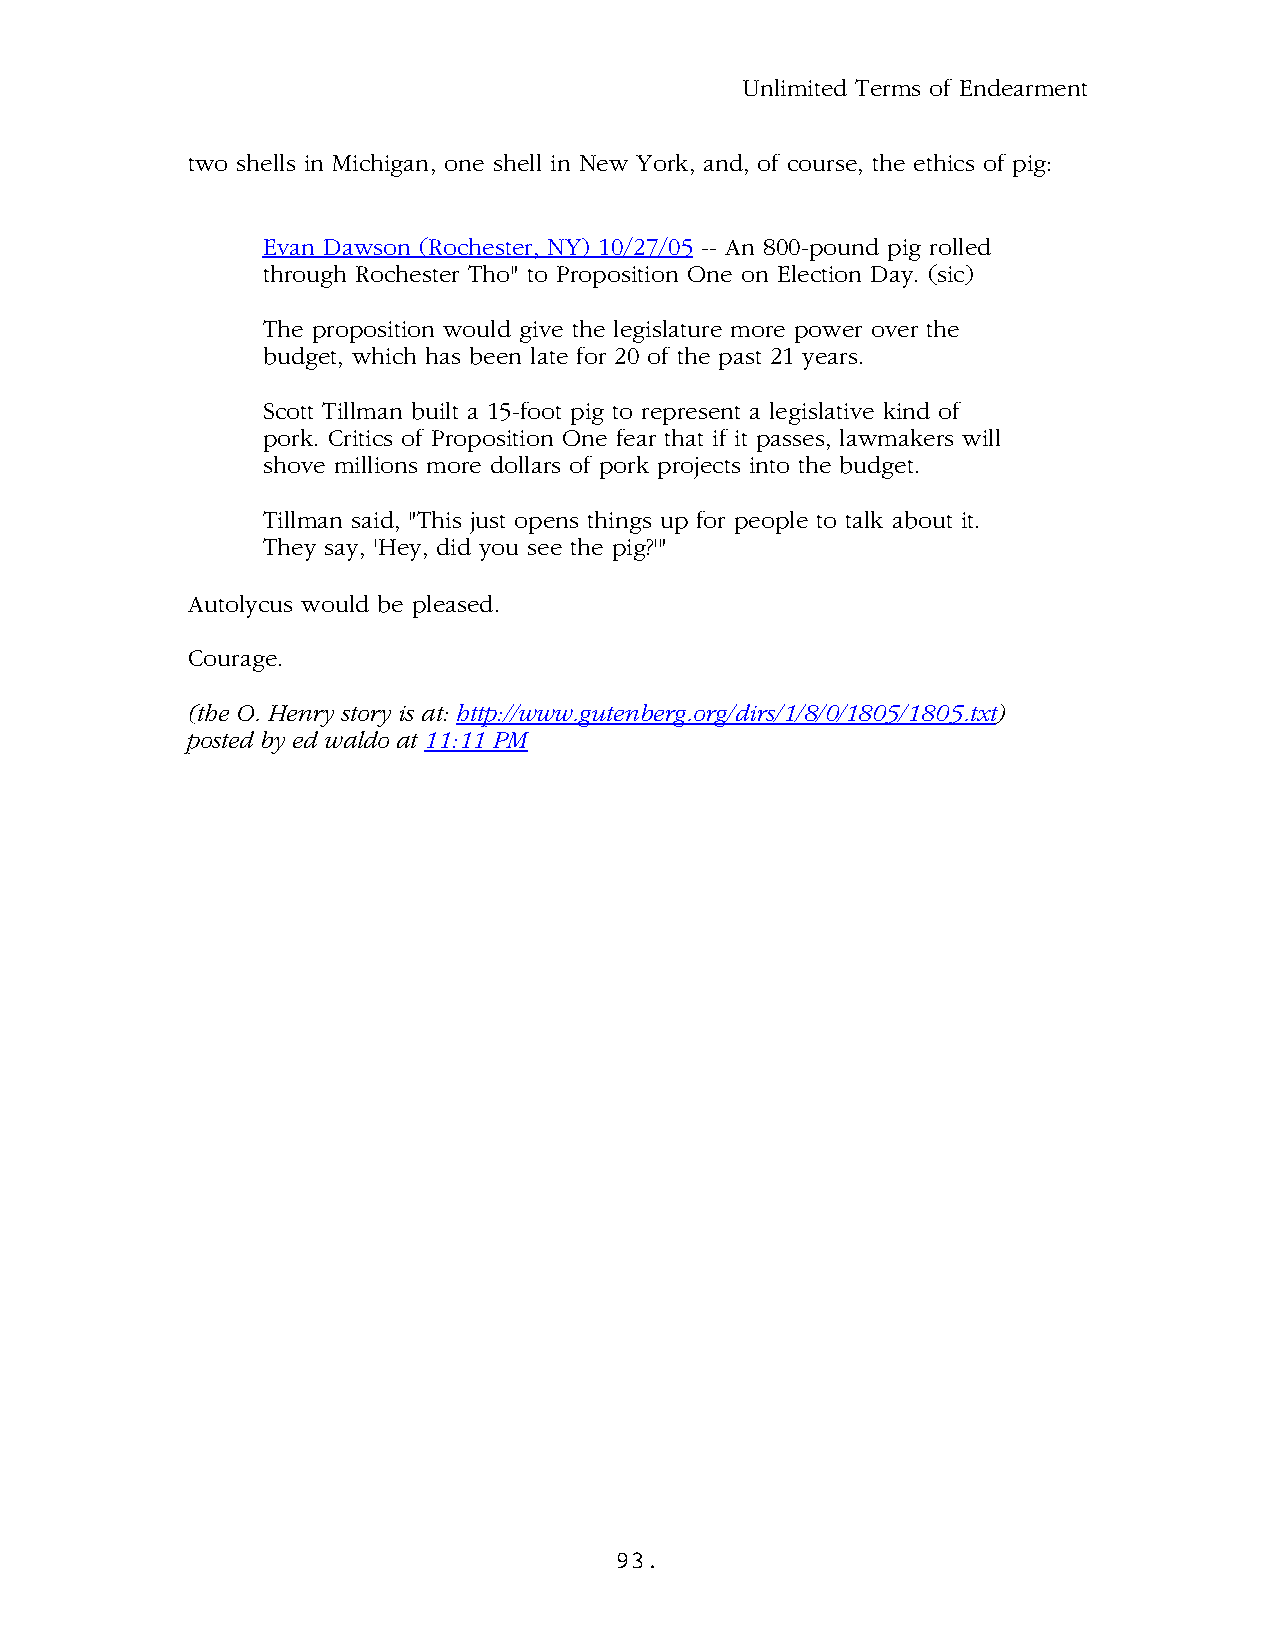
Unlimited Terms of Endearment
 two shells in Michigan, one shell in New York, and, of course, the ethics of pig:
 Evan Dawson (Rochester, NY) 10/27/05 -- An 800-pound pig rolled
 through Rochester Tho" to Proposition One on Election Day. (sic)
 The proposition would give the legislature more power over the
 budget, which has been late for 20 of the past 21 years.
 Scott Tillman built a 15-foot pig to represent a legislative kind of
 pork. Critics of Proposition One fear that if it passes, lawmakers will
 shove millions more dollars of pork projects into the budget.
 Tillman said, "This just opens things up for people to talk about it.
 They say, 'Hey, did you see the pig?'"
 Autolycus would be pleased.
 Courage.
 (the O. Henry story is at: http://www.gutenberg.org/dirs/1/8/0/1805/1805.txt)
 posted by ed waldo at 11:11 PM
 93.